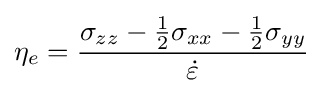
\eta _{e}={\frac {\sigma _{zz}-{\frac {1}{2}}\sigma _{xx}-{\frac {1}{2}}\sigma _{yy}}{\dot {\varepsilon }}}\,\!